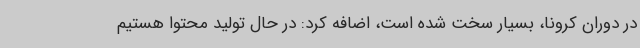
در دوران کرونا، بسیار سخت شده است، اضافه کرد: در حال تولید محتوا هستیم